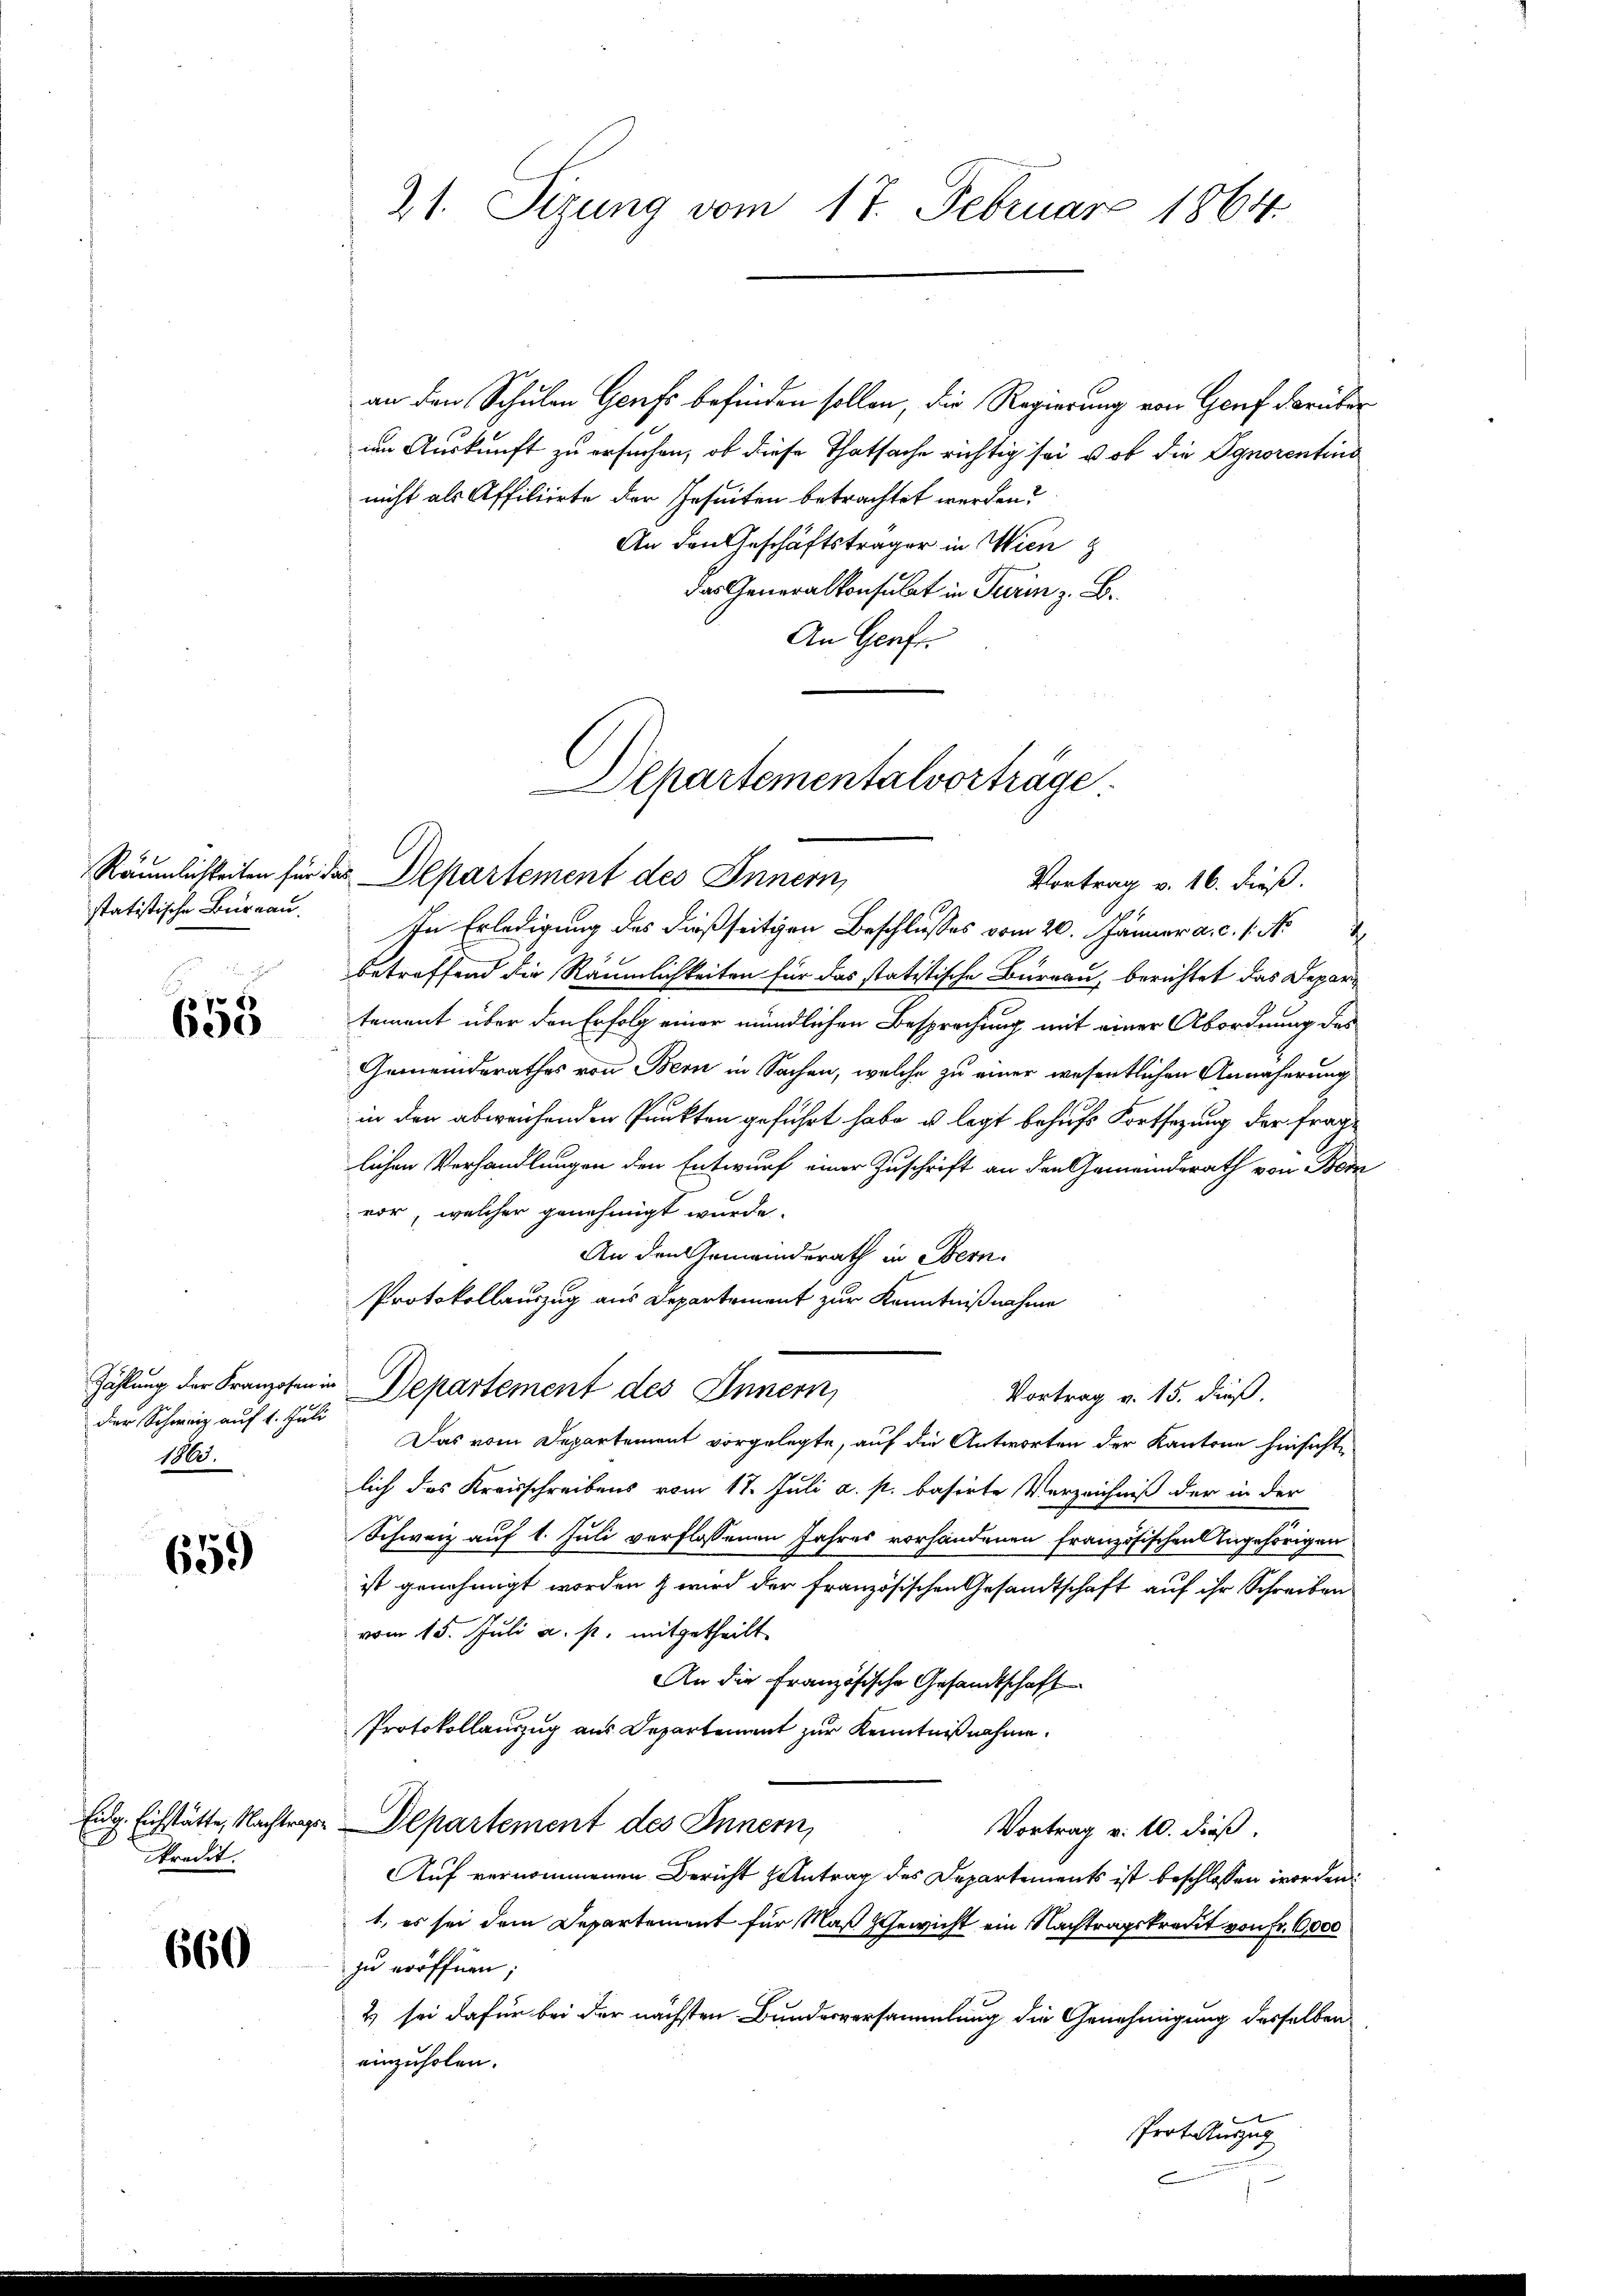
statistische Bureau.
um ei

F
658

der Schweiz auf 1. Juli
17.

659

9
Predit.

660

21. Sizung vom 17. Februar 1864.

an den Schulen Genf befinden sollen, die Regierung von Genf darüber
um Auskunft zu ersuchen, ob diese Thatsache richtig sei u ob die Ignorentino
nicht als Affiliirte der Jesuiten betrachtet werden?
An den Geschäftsträger in Wien
das Generalkonsulat in Trerin z. B.
An Genf.

Departementalverträge.
Räumlichkeiten für das Departement des Innern,
Vortrag v. 16. dieß.

In Erledigung des dießseitigen Beschlusses vom 20. Jänner a. c. 1. No
betreffend die Räumlichkeiten für das statitische Bureau, berichtet das Departement über den Erfolg einer mündlichen Besprechung mit einer Abordnung des
Gemeinderathes von Bern in Sachen, welche zu einer wesentlichen Annäherung
in den abweichenden Punkten geführt habe u. legt behufs Fortsetzung der frage
lichen Verhandlungen den Entwurf einer Zuschrift an den Gemeinderath von Bern
vor, welcher genehmigt wurde.
An den Gemeinderath in Bern.
Protokollauszug aus Departement zur Kenntnißnahme
Zählung der Franzosen in Departement des Innern,
Vortrag v. 15. dieß.
Das vom Departement vorgelegte, auf die Antworten der Kantone hinsicht
lich das Kreisschreibens vom 18. Juli a. p. basirte Verzeichniß der in der
Schweiz auf 1. Juli verflossenen Jahres vorhandenen französischen Angehörigen
ist genehmigt worden & wird der französischen Gesandtschaft auf ihr Schreiben
vom 15. Juli a. p. mitgetheilt
An die Französische Gesandtschaft
Protokollauszug aus Departement zur Kenntnißnahme.
Eidg. Eichstätte, Nachtrage Departement des Innern,
Vortrag v. 10. dieß.
Auf vernommenen Bericht antrag des Departements ist beschlossen worden.
1, es sei dem Departement für Maß Gewicht ein Nachtragskredit von Fr. 6000
zu eröffnen;
2 sei dafür bei der nächsten Bundesversammlung die Genehmigung desselben
einzuholen.
Protauszug